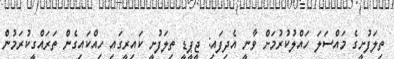
ތިލަފުށީގެ މައްސަލަ ހައްލުކުރުމަށް ވާނީ އެދިފައި: ޖީޕީޑީ ތިލަފުށީ ކައިރީގައި ހިއްކައިގެން ތަރައްގީކުރަމުން